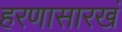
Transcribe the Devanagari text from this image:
हरणासारखं